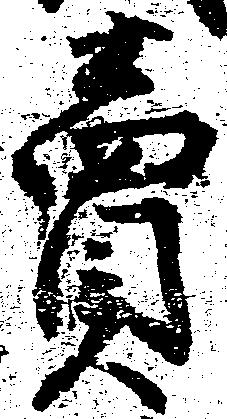
売